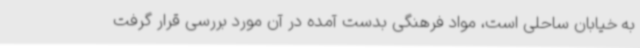
به خیابان ساحلی است، مواد فرهنگی بدست آمده در آن مورد بررسی قرار گرفت